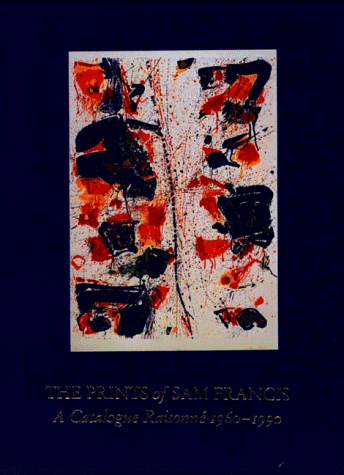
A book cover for The Prints of Sam Francis: A Catalogue Raisonne 1960-1990; Connie W. Lembark; Arts & Photography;